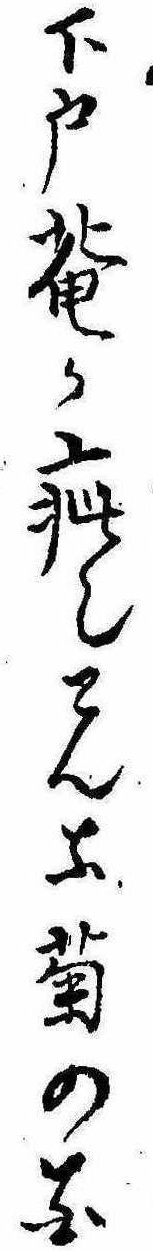
下戸庵か疵也こんな菊の花